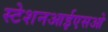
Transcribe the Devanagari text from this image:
स्टेशनआईएसओ